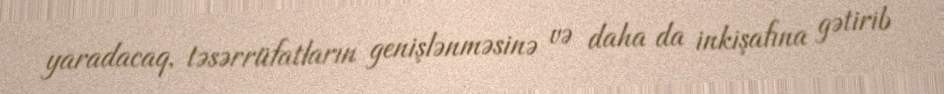
yaradacaq, təsərrüfatların genişlənməsinə və daha da inkişafına gətirib